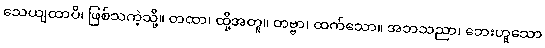
သေယျထာပိ၊ ဖြစ်သကဲ့သို့။ တထာ၊ ထို့အတူ။ တဗ္ဗာ၊ ထက်သော။ အဘသညာ၊ ဘေးဟူသော